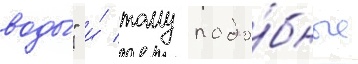
воды́" и́ тому подо́бные